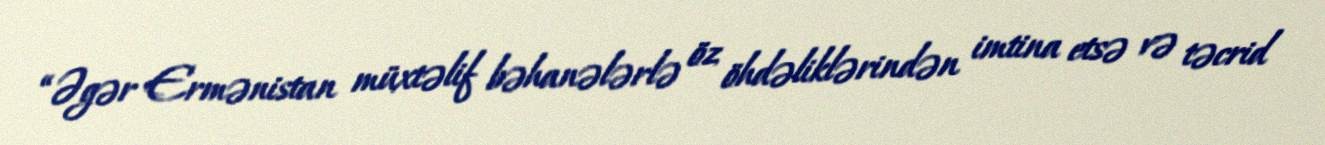
“Əgər Ermənistan müxtəlif bəhanələrlə öz öhdəliklərindən imtina etsə və təcrid